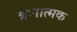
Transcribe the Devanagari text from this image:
त्रणात्मक